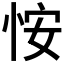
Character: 𪫲